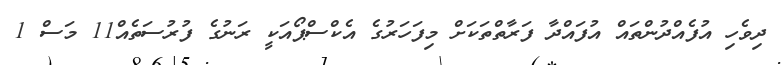
ދިވެހި އުފެއްދުންތައް އުފައްދާ ފަރާތްތަކަށް މިފަހަރުގެ އެކްސްޕޯއަކީ ރަނުގެ ފުރުސަތެއް11 މަސް 1